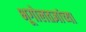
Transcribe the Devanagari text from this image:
भूगोलतज्ञांच्या